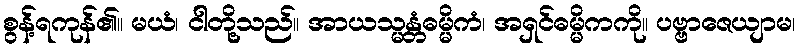
စွန့်ရကုန်၏။ မယံ၊ ငါတို့သည်။ အာယသ္မန္တံဓမ္မိကံ၊ အရှင်ဓမ္မိကကို။ ပဗ္ဗာဇေယျာမ၊